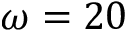
\omega = 2 0